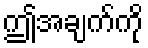
ဤအချက်ကို